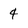
Character: 4